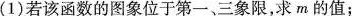
(1)若该函数的图象位于第一、三象限，求m的值；